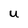
Character: U